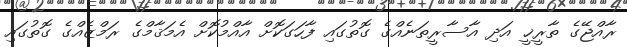
ރާއްޖޭގެ ތާރީޚީ އަދި އާސާރީތަނެއްގެ ގޮތުގައި ފާހަގަކޮށް އާއްމުކޮށް އެމަޤާމްގެ ރަމްޒެއްގެ ގޮތުގައި